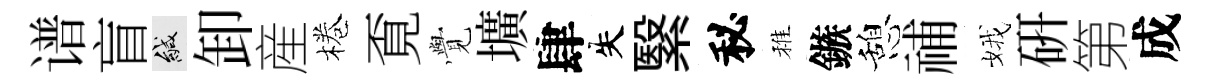
谱盲緘卸産棬覔𮗜壙肆失繄秘稚鏃憩𥙷娥硏第成